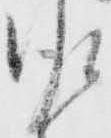
佐